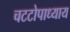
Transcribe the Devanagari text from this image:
चटटोपाध्याय